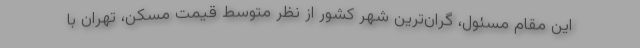
این مقام مسئول، گران‌ترین شهر کشور از نظر متوسط قیمت مسکن، تهران با